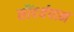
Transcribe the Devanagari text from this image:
सौंदर्यपान